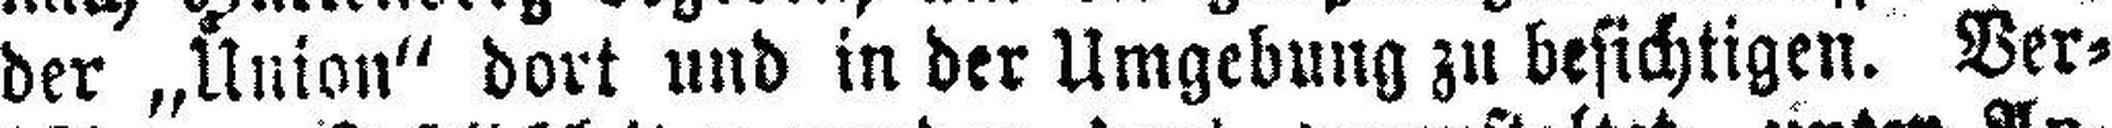
der „Union“ dort und in der Umgebung zu besichtigen. Ver¬